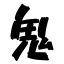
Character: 鬼